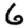
Digit: 6